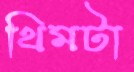
থিমটা